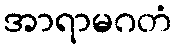
အာရာမဂတံ